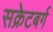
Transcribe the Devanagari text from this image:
सक्रेटबर्ग